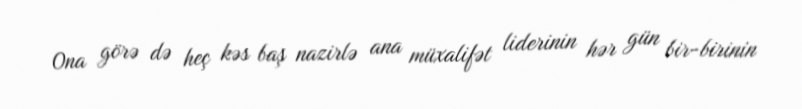
Ona görə də heç kəs baş nazirlə ana müxalifət liderinin hər gün bir-birinin